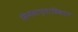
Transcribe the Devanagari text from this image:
सिनेसाप्ताहिकात